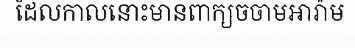
ដែលកាលនោះមានពាក្យចចាមអារ៉ាម